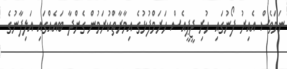
ނަމަވެސް އެއިރު ފޯނުގައި ހުރި ޖީޕީއެސް ހަރަމްފުޅުގެ އިމާރާތްކުރަމުން ގެންދާ ބައެއްގައި އަލިފާނުގެ